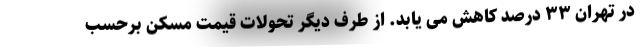
در تهران ۳۳ درصد کاهش می یابد. از طرف دیگر تحولات قیمت مسکن برحسب